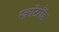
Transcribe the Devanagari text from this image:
स्क़ॉटलैंड